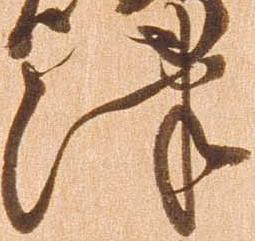
津